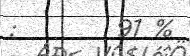
:        91 %